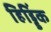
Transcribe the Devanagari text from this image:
हिड्डिंक